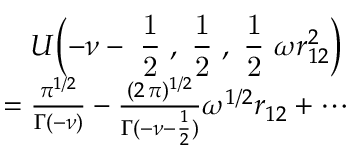
\begin{array} { r l } & { \mathrel { \phantom { = } } U \Bigl ( - \nu - \mathrm { \small ~ \displaystyle \frac { 1 } { 2 } ~ } , \mathrm { \small ~ \displaystyle \frac { 1 } { 2 } ~ } , \mathrm { \small ~ \displaystyle \frac { 1 } { 2 } ~ } \omega r _ { 1 2 } ^ { 2 } \Bigr ) } \\ & { = \frac { \pi ^ { 1 / 2 } } { \Gamma ( - \nu ) } - \frac { ( 2 \, \pi ) ^ { 1 / 2 } } { \Gamma ( - \nu - \frac { 1 } { 2 } ) } \omega ^ { 1 / 2 } r _ { 1 2 } + \cdots } \end{array}